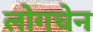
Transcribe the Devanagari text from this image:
लोगचेन